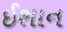
ઈશાન